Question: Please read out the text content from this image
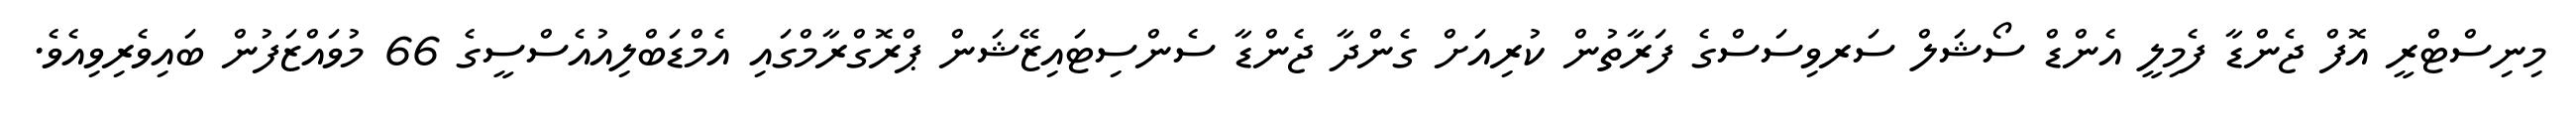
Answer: މިނިސްޓްރީ އޮފް ޖެންޑާ ފެމިލީ އެންޑް ސޯޝަލް ސަރވިސަސްގެ ފަރާތުން ކުރިއަށް ގެންދާ ޖެންޑާ ސެންސިޓައިޒޭޝަން ޕްރޮގްރާމްގައި އެމްޑަބްލިއުއެސްސީގެ 66 މުވައްޒަފުން ބައިވެރިވިއެވެ.